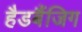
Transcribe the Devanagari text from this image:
हैडबैंजिग